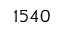
1 5 4 0